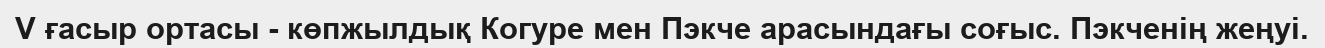
V ғасыр ортасы - көпжылдық Когуре мен Пэкче арасындағы соғыс. Пэкченің жеңуі.